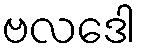
ဗလဒေါ